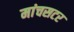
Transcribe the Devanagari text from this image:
मांचसटर